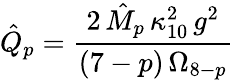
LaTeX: \hat{Q}_{p}=\frac{2\, \hat{M}_{p}\, \kappa_{10}^{2}\, g^{2}}{(7-p)\, \Omega_{8-p}}